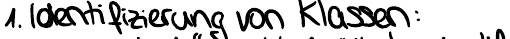
1. Identifizierung von Klassen: